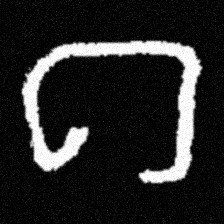
Pyu character \u2014 Myanmar letter: ဂ (romanized: ga)